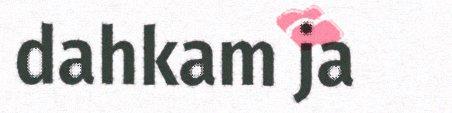
dahkam ja